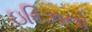
ઇરિઝનો